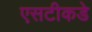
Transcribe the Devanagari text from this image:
एसटीकडे